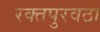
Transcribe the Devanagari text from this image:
रक्‍तपुरवठा